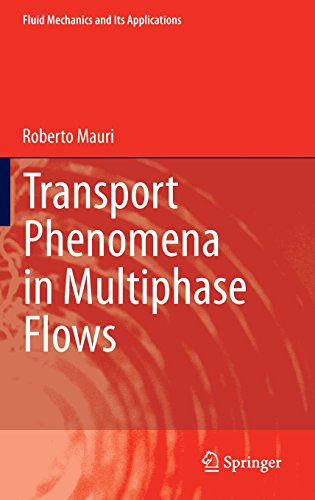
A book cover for Transport Phenomena in Multiphase Flows (Fluid Mechanics and Its Applications); Roberto Mauri; Science & Math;